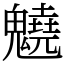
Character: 䰫